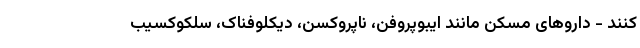
کنند - داروهای مسکن مانند ایبوپروفن، ناپروکسن، دیکلوفناک، سلکوکسیب